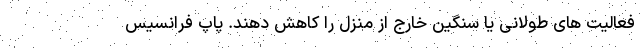
فعالیت های طولانی یا سنگین خارج از منزل را کاهش دهند. پاپ فرانسیس